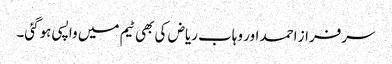
سرفراز احمد اور وہاب ریاض کی بھی ٹیم میں واپسی ہوگئی۔